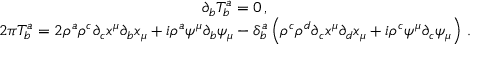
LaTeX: \begin{array} { c } { { \medskip \partial _ { b } T _ { b } ^ { a } = 0 \, , } } \\ { { 2 \pi T _ { b } ^ { a } = 2 \rho ^ { a } \rho ^ { c } \partial _ { c } x ^ { \mu } \partial _ { b } x _ { \mu } + i \rho ^ { a } \psi ^ { \mu } \partial _ { b } \psi _ { \mu } - \delta _ { b } ^ { a } \left( \rho ^ { c } \rho ^ { d } \partial _ { c } x ^ { \mu } \partial _ { d } x _ { \mu } + i \rho ^ { c } \psi ^ { \mu } \partial _ { c } \psi _ { \mu } \right) \, . } } \end{array}